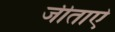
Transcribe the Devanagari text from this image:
जीताऐ